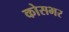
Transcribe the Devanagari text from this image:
कोसभर